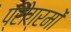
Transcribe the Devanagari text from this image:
प्रोग्रमों